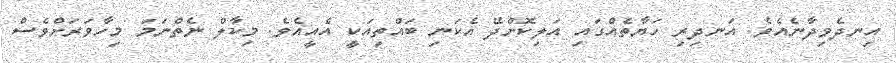
އިނދެވިދާނެއެވެ. އަނދިރި ހަޔާތެއްގައި އަލިކޮށްދޭ އެކަނި ބައްތިއަކީ އެއީއެވެ. މިކާލް ނެތްނަމަ މިހާވަރަށްވެސް